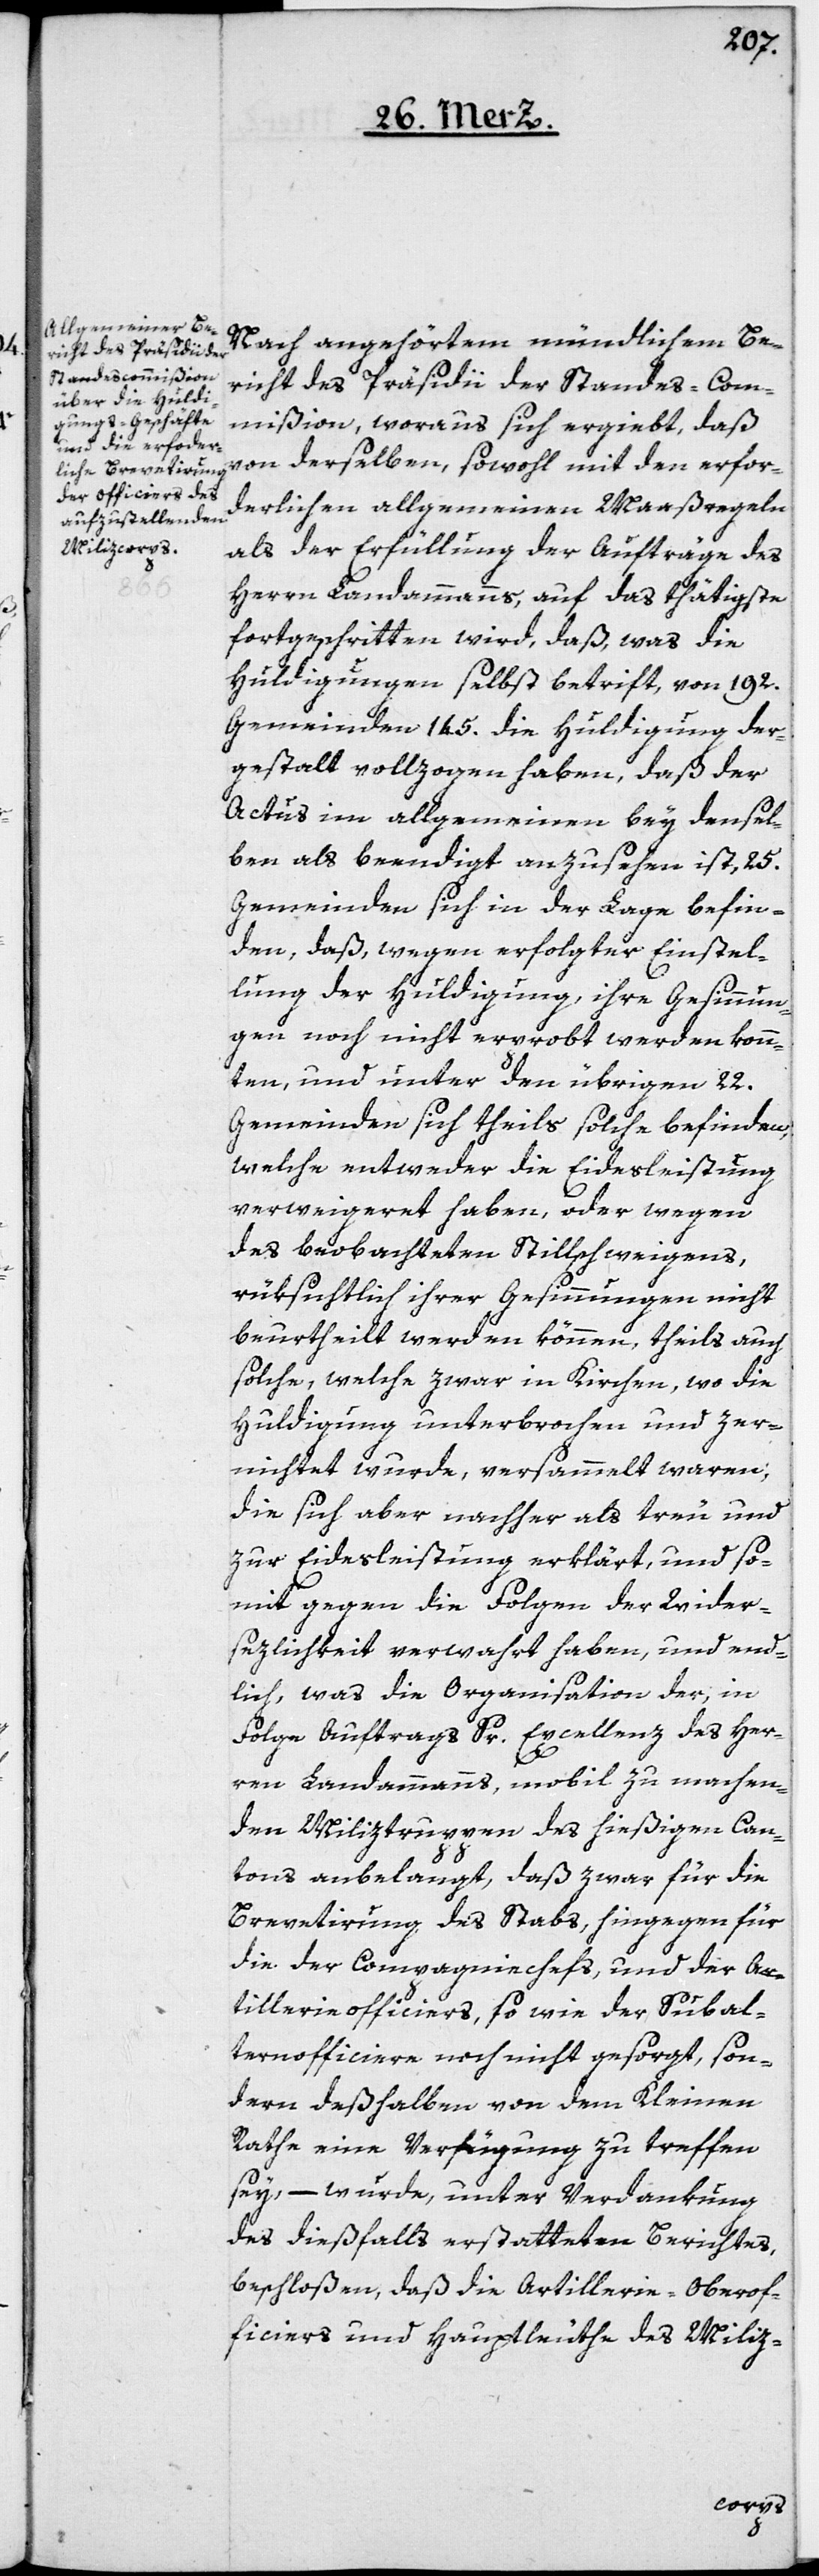
Nach angehörtem mündlichem Be¬
richt des Präsidii der Standes-Com¬
mißion, woraus sich ergiebt, daß
von derselben, sowohl mit den erfor¬
derlichen allgemeinen Maaßregeln
als der Erfüllung der Aufträge des
Herrn Landammanns, auf das thätigste
fortgeschritten wird, daß, was die
Huldigungen selbst betriff, von 192.
Gemeinden 145. die Huldigung der¬
gestalt vollzogen haben, daß der
Actus im allgemeinen bey densel¬
ben als beendigt anzusehen ist, 25.
Gemeinden sich in der Lage befin¬
den, daß, wegen erfolgter Einstel¬
lung der Huldigung, ihre Gesinnun¬
gen noch nicht erprobt werden konn¬
ten, und unter den übrigen 22.
Gemeinden sich theils solche befinden,
welche entweder die Eidesleistung
verweigeret haben, oder wegen
des beobachteten Stillschweigens,
rüksichtlich ihrer Gesinnungen nicht
beurtheilt werden können, theils auch
solche, welche zwar in Kirchen, wo die
Huldigung unterbrochen und zer¬
nichtet wurde, versammelt waren;
die sich aber nachher als treu und
zur Eidesleistung erklärt, und so¬
mit gegen die Folgen der Wider¬
sezlichkeit verwahrt haben, und end¬
lich, was die Organisation der, in
Folge Auftrags Sr. Excellenz des Her¬
ren Landammanns, mobil zu machen¬
den Miliztruppen des hießigen Can¬
tons anbelangt, daß zwar für die
Brevetirung des Stabs, hingegen für
die der Compagniechefs, und der Ar¬
tillerieofficiers, so wie der Subal¬
ternofficiere noch nicht gesorgt, son¬
dern deßelben von dem Kleinen
Rathe eine Verfügung zu treffen
sey, – wurde, unter Verdankung
des dießfalls erstatteten Berichtes
beschloßen, daß die Artillerie-Oberof¬
ficiers und Hauptleuthe des Miliz-